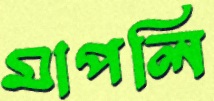
মাপলি